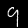
Label: 9